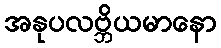
အနုပလဗ္ဘိယမာနော